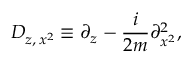
D _ { z , \, x ^ { 2 } } \equiv \partial _ { z } - \frac { i } { 2 m } \partial _ { x ^ { 2 } } ^ { 2 } ,